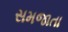
સમજાતા